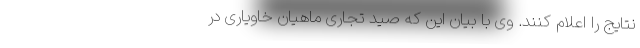
نتایج را اعلام کنند. وی با بیان این که صید تجاری ماهیان خاویاری در